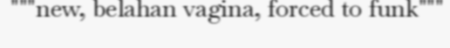
"""new, belahan vagina, forced to funk"""